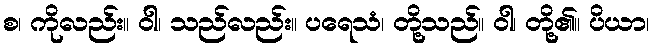
စ၊ ကိုလည်း။ ဝါ၊ သည်လည်း။ ပရေသံ၊ တို့သည်။ ဝါ၊ တို့၏။ ပိယာ၊